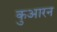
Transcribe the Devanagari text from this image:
कुआरन